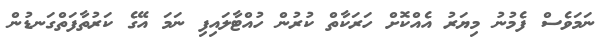
ނަމަވެސް ފެމުނު މިޔަރު އެއްކޮށް ހަރަކާތް ކުރުން ހުއްޓާލައިފި ނަމަ އޭގެ ކަރުތާފަތްގަނޑުން